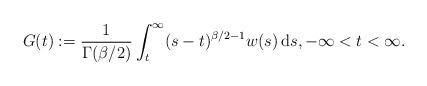
LaTeX: \begin{align*} G(t) := \frac1{\Gamma(\beta/2)} \int_t^\infty (s-t)^{\beta/2-1} w(s) \, \mathrm{d}s, -\infty < t < \infty. \end{align*}